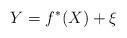
LaTeX: \begin{align*}Y = f^{*}(X) + \xi\end{align*}